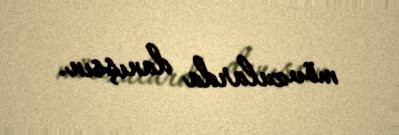
mövzularda danışsın.